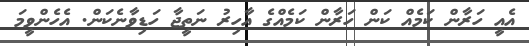
އެއީ ހަރާން ކަމެއް ކަން ހަރާން ކަމެއްގެ އާހިރު ނަތީޖާ ހަޑިވާނެކަން. އެހެންވީމަ